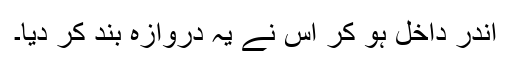
اندر داخل ہو کر اُس نے یہ دروازہ بند کر دیا۔